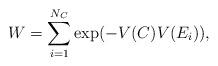
LaTeX: \begin{align*}W = \sum _{i=1}^{N_C} \hbox{exp} (- V(C)V(E_i)),\end{align*}